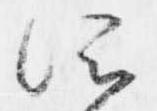
所